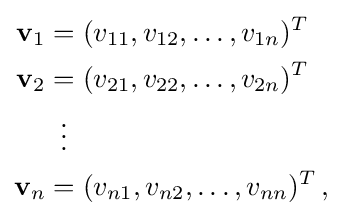
{\begin{aligned}\mathbf {v} _{1}&=(v_{11},v_{12},\dots ,v_{1n})^{T}\\\mathbf {v} _{2}&=(v_{21},v_{22},\dots ,v_{2n})^{T}\\&\,\,\,\vdots \\\mathbf {v} _{n}&=(v_{n1},v_{n2},\dots ,v_{nn})^{T}\,,\\\end{aligned}}